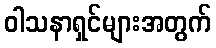
ဝါသနာရှင်များအတွက်